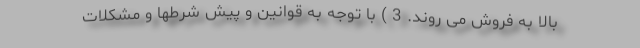
بالا به فروش می روند. 3 ) با توجه به قوانین و پیش شرطها و مشکلات